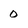
Character: 0